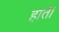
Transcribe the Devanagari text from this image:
हाते।